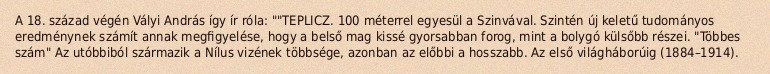
A 18. század végén Vályi András így ír róla: ""TEPLICZ. 100 méterrel egyesül a Szinvával. Szintén új keletű tudományos eredménynek számít annak megfigyelése, hogy a belső mag kissé gyorsabban forog, mint a bolygó külsőbb részei. "Többes szám" Az utóbbiból származik a Nílus vizének többsége, azonban az előbbi a hosszabb. Az első világháborúig (1884–1914).